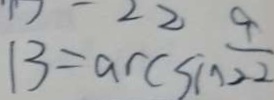
1 3 = \arcsin \frac { 9 } { 2 2 }